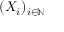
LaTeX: ( X _ { i } ) _ { i \in \mathbb { N } }